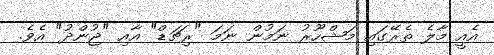
އެއީ މާލެ ތެރޭގައި މަޝްހޫރު ނަމުން ނަމަ "ރިޗަޑް" އާއި "ޖުންދު" އެވެ.